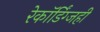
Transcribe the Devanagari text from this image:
रेकॉर्डिंग्जही